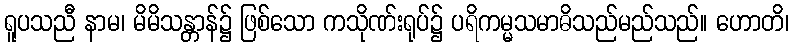
ရူပသညီ နာမ၊ မိမိသန္တာန်၌ ဖြစ်သော ကသိုဏ်းရုပ်၌ ပရိကမ္မသမာဓိသည်မည်သည်။ ဟောတိ၊